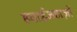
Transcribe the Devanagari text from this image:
हवाईजहाज़ों